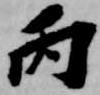
丙